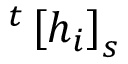
^ t \left[ h _ { i } \right] _ { s }